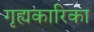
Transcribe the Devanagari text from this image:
गृह्यकारिका